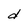
Character: d